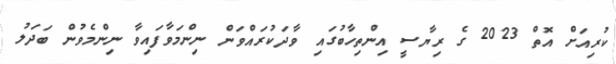
ކުރިއަށް އޮތް 2023 ގެ ރިޔާސީ އިންތިހާބުގައި ވާދަކުރައްވަން ނިންމަވާފައިވާ ނިންމެވުން ބަދަލު